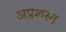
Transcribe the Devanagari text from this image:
अप्रशस्त